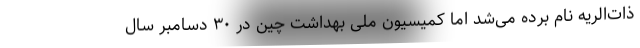
ذات‌الریه نام برده می‌شد اما کمیسیون ملی بهداشت چین در ۳۰ دسامبر سال